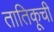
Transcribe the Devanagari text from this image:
तातिकूची